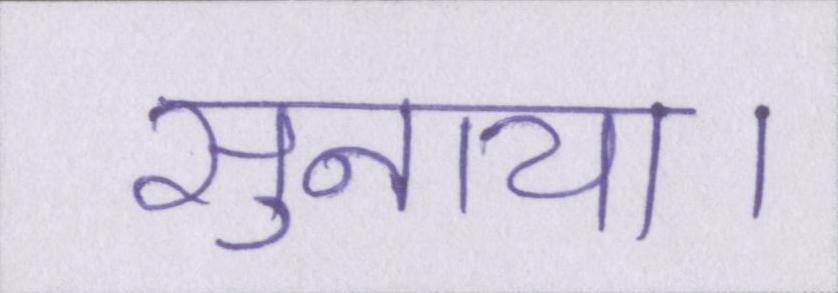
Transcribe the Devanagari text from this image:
सुनाया।